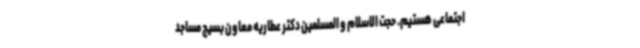
اجتماعی هستیم. حجت الاسلام و المسلمین دکتر عطاریه معاون بسیج مساجد